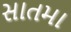
સાતમા